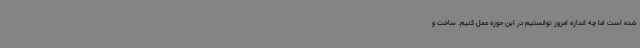
شده است اما چه اندازه امروز توانستیم در این حوزه عمل کنیم. ساخت و